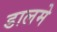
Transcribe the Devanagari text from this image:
डालमे